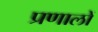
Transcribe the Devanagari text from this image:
प्रणालों